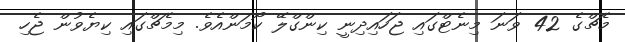
މެޗްގެ 42 ވަނަ މިނެޓްގައި ޖަހައިދިނީ ކިންގްލޭ ކޯމަންއެވެ. މިމެޗްގައި ކިޔެވުން ޖެހި